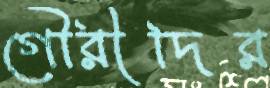
গৌরীদির